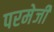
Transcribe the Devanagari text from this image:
परमेजी